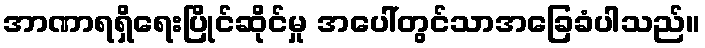
အာဏာရရှိရေးပြိုင်ဆိုင်မှု အပေါ်တွင်သာအခြေခံပါသည်။